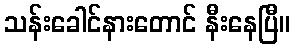
သန်းခေါင်နားတောင် နီးနေပြီ။